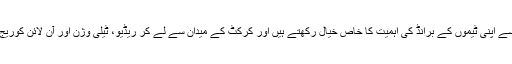
یہ دونوں ملک مارکیٹنگ کے لحاظ سے اپنی ٹیموں کے برانڈ کی اہمیت کا خاص خیال رکھتے ہیں اور کرکٹ کے میدان سے لے کر ریڈیو، ٹیلی وژن اور آن لائن کوریج تک اس پر بہت توجہ دی جاتی ہے۔